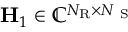
\mathbf { H } _ { 1 } \in \mathbb { C } ^ { N _ { \mathrm { R } } \times N _ { \mathrm { ~ S ~ } } }